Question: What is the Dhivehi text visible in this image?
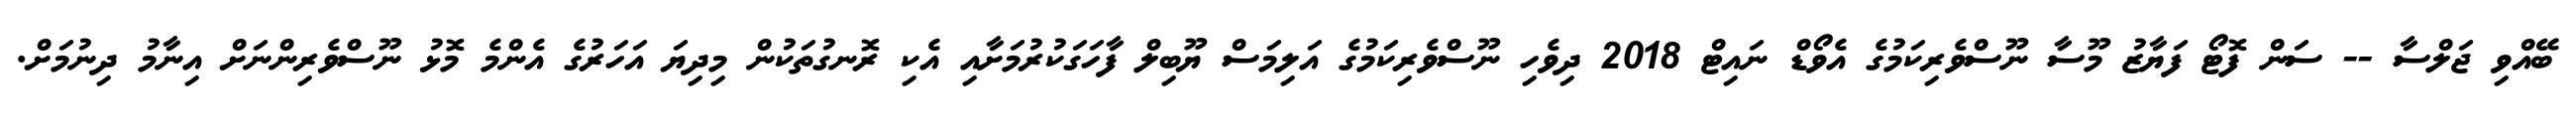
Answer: ބޭއްވި ޖަލްސާ -- ސަން ފޮޓޯ ފަޔާޒު މޫސާ ނޫސްވެރިކަމުގެ އެވޯޑް ނައިޓް 2018 ދިވެހި ނޫސްވެރިކަމުގެ އަލިމަސް ޔޫބިލް ފާހަގަކުރުމަށާއި އެކި ރޮނގުތަކުން މިދިޔަ އަހަރުގެ އެންމެ މޮޅު ނޫސްވެރިންނަށް އިނާމު ދިނުމަށް.